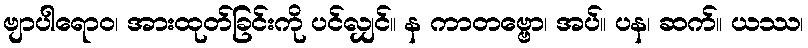
ဗျာပါရောဝ၊ အားထုတ်ခြင်းကို ပင်လျှင်။ န ကာတဗ္ဗော၊ အပ်။ ပန၊ ဆက်။ ယဿ၊